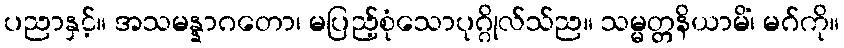
ပညာနှင့်။ အသမန္နာဂတော၊ မပြည့်စုံသောပုဂ္ဂိုလ်သ်ည။ သမ္မတ္တနိယာမိံ၊ မဂ်ကို။